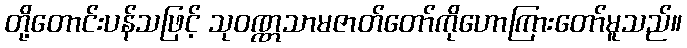
တို့တောင်းပန်သဖြင့် သုဝဏ္ဏသာမဇာတ်တော်ကိုဟောကြားတော်မူသည်။